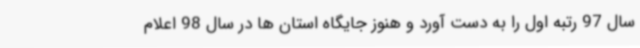
سال 97 رتبه اول را به دست آورد و هنوز جایگاه استان ها در سال 98 اعلام